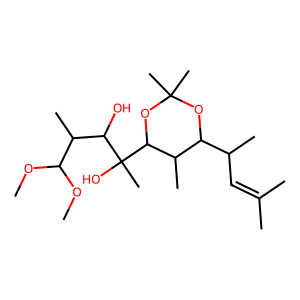
SMILES: COC(OC)C(C)C(O)C(C)(O)C1OC(C)(C)OC(C(C)C=C(C)C)C1C
Inhibits HIV replication: No